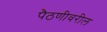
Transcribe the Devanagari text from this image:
पैठणीवरील